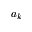
a _ { k }